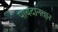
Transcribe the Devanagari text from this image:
पायदानवार